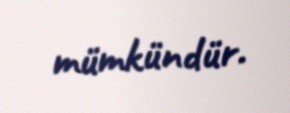
mümkündür.